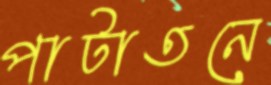
পাটাতনে